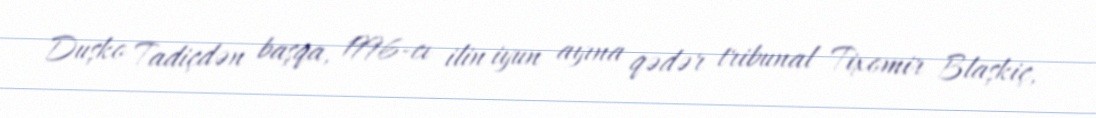
Duşko Tadiçdən başqa, 1996-cı ilin iyun ayına qədər tribunal Tixomir Blaşkiç,